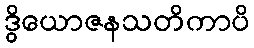
ဒွိယောဇနသတိကာပိ